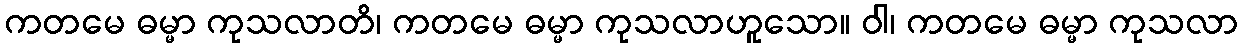
ကတမေ ဓမ္မာ ကုသလာတိ၊ ကတမေ ဓမ္မာ ကုသလာဟူသော။ ဝါ၊ ကတမေ ဓမ္မာ ကုသလာ